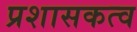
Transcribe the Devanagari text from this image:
प्रशासकत्व